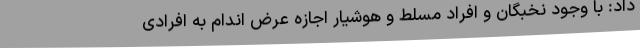
داد: با وجود نخبگان و افراد مسلط و هوشیار اجازه عرض اندام به افرادی